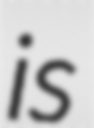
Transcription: is